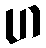
ဟ